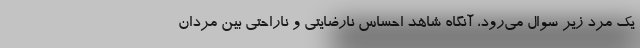
یک مرد زیر سوال می‌رود، آنگاه شاهد احساس نارضایتی و ناراحتی بین مردان